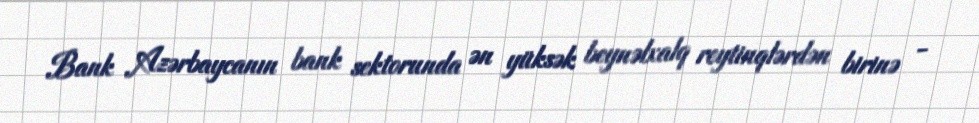
Bank Azərbaycanın bank sektorunda ən yüksək beynəlxalq reytinqlərdən birinə -